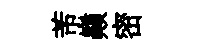
芾巔密